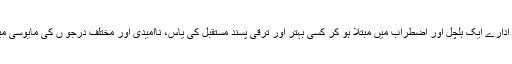
تمام سماجی ادارے ایک ہلچل اور اضطراب میں مبتلا ہو کر کسی بہتر اور ترقی پسند مستقبل کی یاس، ناامیدی اور مختلف درجو ں کی مایوسی میں مبتلا ہیں۔